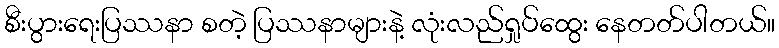
စီးပွားရေးပြဿနာ စတဲ့ ပြဿနာများနဲ့ လုံးလည်ရှုပ်ထွေး နေတတ်ပါတယ်။